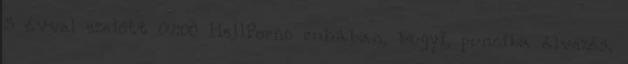
5 évvel ezelőtt 07:00 HellPorno ruhában, bugyi, punciba élvezés,